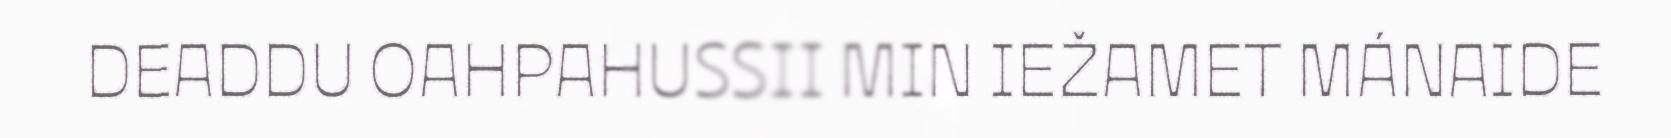
DEADDU OAHPAHUSSII MIN IEŽAMET MÁNAIDE